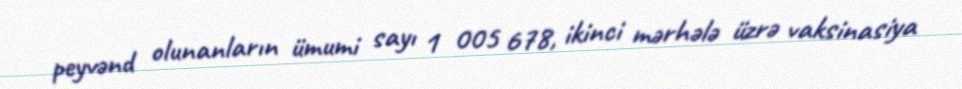
peyvənd olunanların ümumi sayı 1 005 678, ikinci mərhələ üzrə vaksinasiya